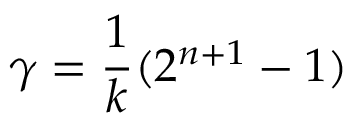
\gamma = { \frac { 1 } { k } } ( 2 ^ { n + 1 } - 1 )